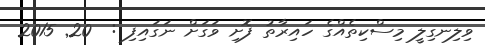
ވިލިނގިލީ މިސްކިތެއްގެ ހައިރާތު ފޮށި ވަގަށް ނަގައިފި :  20